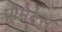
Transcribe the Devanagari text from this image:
पौमेल्स